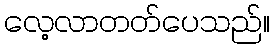
လေ့လာတတ်ပေသည်။